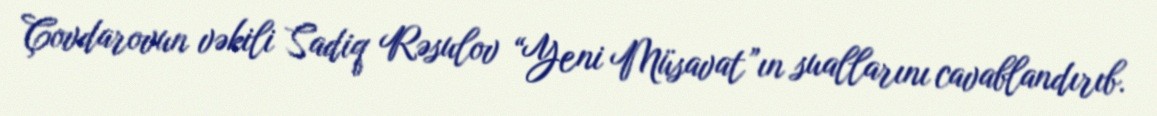
Çovdarovun vəkili Sadiq Rəsulov “Yeni Müsavat”ın suallarını cavablandırıb.